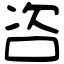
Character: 咨